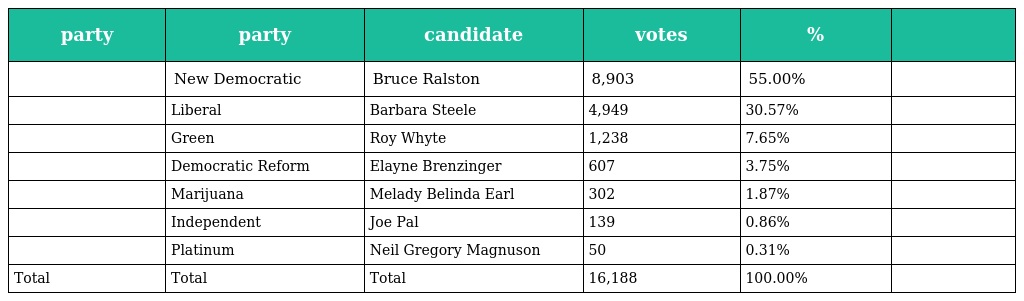
| party | party | candidate | votes | % |  |
 | --- | --- | --- | --- | --- | --- |
 |  | New Democratic | Bruce Ralston | 8,903 | 55.00% |  |
 |  | Liberal | Barbara Steele | 4,949 | 30.57% |  |
 |  | Green | Roy Whyte | 1,238 | 7.65% |  |
 |  | Democratic Reform | Elayne Brenzinger | 607 | 3.75% |  |
 |  | Marijuana | Melady Belinda Earl | 302 | 1.87% |  |
 |  | Independent | Joe Pal | 139 | 0.86% |  |
 |  | Platinum | Neil Gregory Magnuson | 50 | 0.31% |  |
 | Total | Total | Total | 16,188 | 100.00% |  |